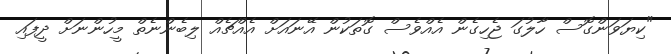
"ކިޔަވަންގޮސް ހާލުގަ ޖެހިގެން އެއްވެސް ގޮތަކުން އޭނައަށް އެއްޗެއް ލިބެންނެތް މީހުންނަށް ދީފައި